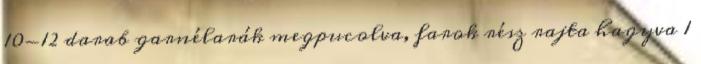
10-12 darab garnélarák megpucolva, farok rész rajta hagyva 1